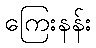
ကြေးနန်း